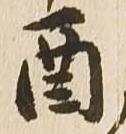
酉